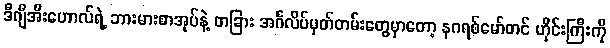
ဒီဂျီအီးဟောလ်ရဲ့ ဘားမားစာအုပ်နဲ့ တခြား အင်္ဂလိပ်မှတ်တမ်းတွေမှာတော့ နဂရစ်မော်တင် ဟိုင်းကြီးကို